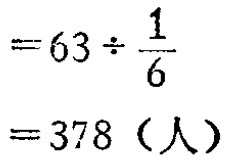
\[

\begin{align*}

&= 63\div\frac{1}{6}\\

&= 378 \text{（人）}

\end{align*}

\]